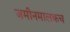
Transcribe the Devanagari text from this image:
जमीनमालकच